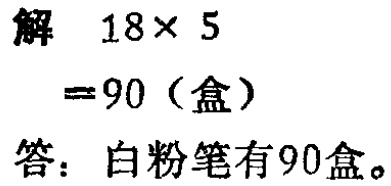
解 \(18\times 5\)

\(=90\)（盒）

答：白粉笔有90盒。